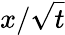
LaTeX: x/\sqrt{t}